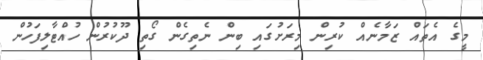
މީގެ އެތައް ޒަމާނެއް ކުރިން މިރަށުގައި ބިން ނެތިގެން ގޯތި ދޫކުރުން ހުއްޓާލިފަހުން